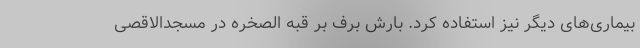
بیماری‌های دیگر نیز استفاده کرد. بارش برف بر قبه الصخره در مسجدالاقصی